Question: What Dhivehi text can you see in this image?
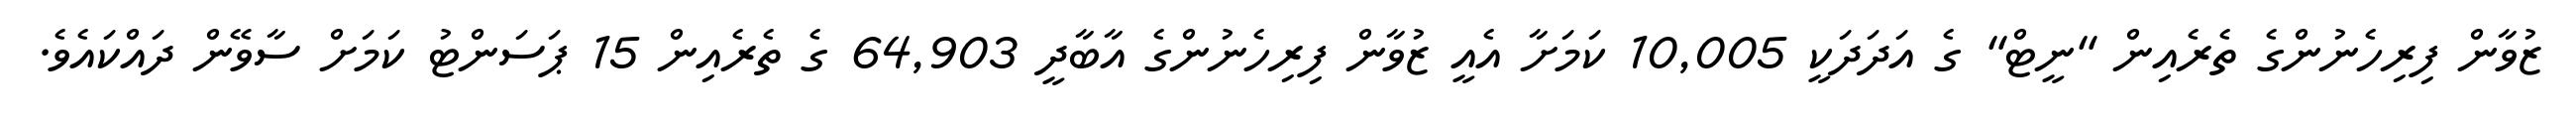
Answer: ޒުވާން ފިރިހެނުންގެ ތެރެއިން "ނީޓް" ގެ އަދަދަކީ 10,005 ކަމަށާ އެއީ ޒުވާން ފިރިހެނުންގެ އާބާދީ 64,903 ގެ ތެރެއިން 15 ޕަސަންޓު ކަމަށް ސާވޭން ދައްކައެވެ.